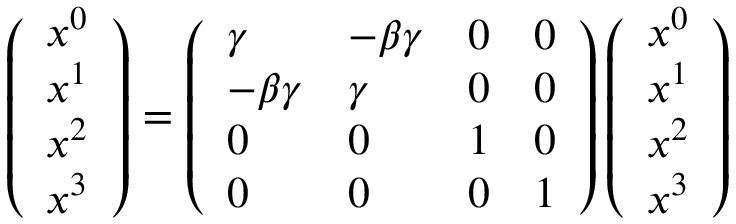
\left( \begin{array} { l } { x ^ { 0 } } \\ { x ^ { 1 } } \\ { x ^ { 2 } } \\ { x ^ { 3 } } \end{array} \right) = \left( \begin{array} { l l l l } { \gamma } & { - \beta \gamma } & { 0 } & { 0 } \\ { - \beta \gamma } & { \gamma } & { 0 } & { 0 } \\ { 0 } & { 0 } & { 1 } & { 0 } \\ { 0 } & { 0 } & { 0 } & { 1 } \end{array} \right) \left( \begin{array} { l } { x ^ { 0 } } \\ { x ^ { 1 } } \\ { x ^ { 2 } } \\ { x ^ { 3 } } \end{array} \right)